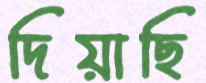
দিয়াছি